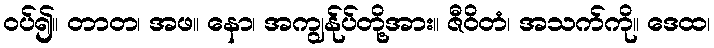
ဝပ်၍။ တာတ၊ အဖ။ နော၊ အကျွန်ုပ်တို့အား။ ဇီဝိတံ၊ အသက်ကို။ ဒေထ၊